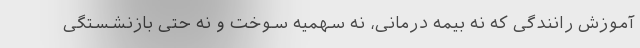
آموزش رانندگی که نه بیمه درمانی، نه سهمیه سوخت و نه حتی بازنشستگی